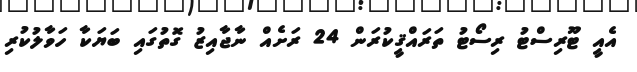
އެއީ ޓޫރިސްޓު ރިސޯޓު ތަރައްޤީކުރަން 24 ރަށެއް ނާޖާއިޒު ގޮތުގައި ބަޔަކާ ހަވާލުކުރި